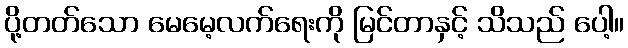
ပို့တတ်သော မေမေ့လက်ရေးကို မြင်တာနှင့် သိသည် ပေါ့။